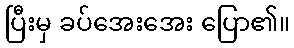
ပြီးမှ ခပ်အေးအေး ပြော၏။